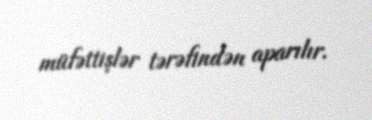
müfəttişlər tərəfindən aparılır.